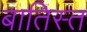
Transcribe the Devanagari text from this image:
बातिस्त